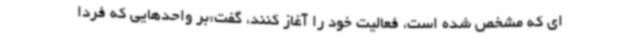
ای که مشخص شده است، فعالیت خود را آغاز کنند، گفت:بر واحدهایی که فردا